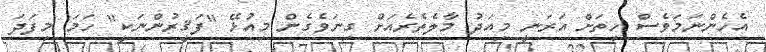
އެހެންނަމަވެސް ހިތަށް އަރަނީ މިއަދު މާލެތެރެއަށް ގިނަވެގެން މިއުޅޭ "ފަޤީރުންނަކީ" ހަމަ މިފަދަ